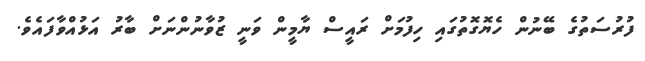
ފުރުސަތުގެ ބޭނުން ހެޔޮގޮތުގައި ހިފުމަށް ރައީސް ޔާމީން ވަނީ ޒުވާނުންނަށް ބާރު އަޅުއްވާފައެވެ.